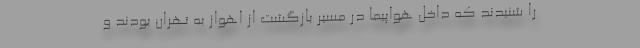
را شنیدند که داخل هواپیما در مسیر بازگشت از اهواز به تهران بودند و